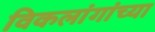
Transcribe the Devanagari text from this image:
विकलांगांच्या